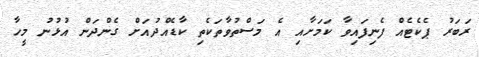
ރަބަރު ޕެކެޓެއް ފެނިފައިވާ ކަމަށާއި އެ މަސްތުވާތަކެތި ކާޑެއްދުއަށް ގެންދަން އުޅުނު މީހާ